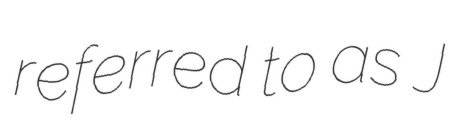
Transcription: referred to as J